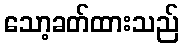
သော့ခတ်ထားသည်